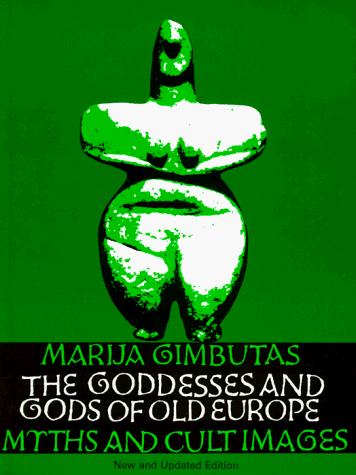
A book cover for The Goddesses and Gods of Old Europe: Myths and Cult Images, New and Updated Edition; Marija Gimbutas; History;